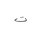
Letter: _ta